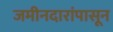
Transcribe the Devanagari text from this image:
जमीनदारांपासून